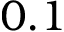
0 . 1